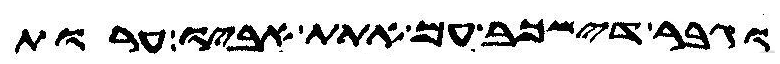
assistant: וגבר דישכב עם אתת אביו ערות